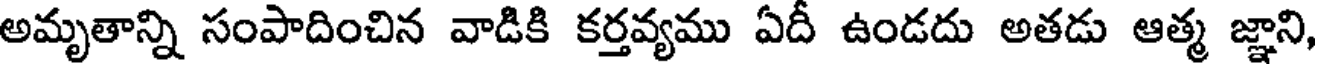
అమృతాన్ని సంపాదించిన వాడికి కర్తవ్యము ఏదీ ఉండదు అతడు ఆత్మ జ్ఞాని,